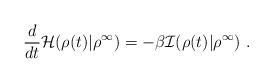
LaTeX: \begin{align*}\frac{d}{dt}\mathcal{H}(\rho(t)|\rho^\infty)=-\beta\mathcal{I}(\rho(t)|\rho^\infty)\ .\end{align*}